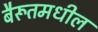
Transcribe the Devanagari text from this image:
बैरूतमधील